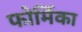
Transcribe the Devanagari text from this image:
फोर्मिका